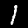
Label: 1